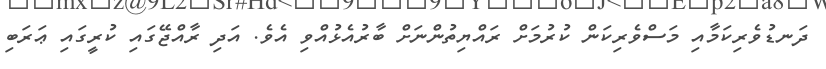
ދަނޑުވެރިކަމާއި މަސްވެރިކަން ކުރުމަށް ރައްޔިތުންނަށް ބާރުއެޅުއްވި އެވެ. އަދި ރާއްޖޭގައި ކުރީގައި ޢަރަބި